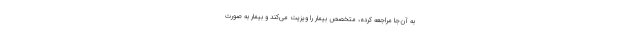
به آن‌جا مراجعه کرده، متخصص بیمار را ویزیت می‌کند و بیمار به صورت